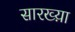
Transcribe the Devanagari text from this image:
सारख्य़ा